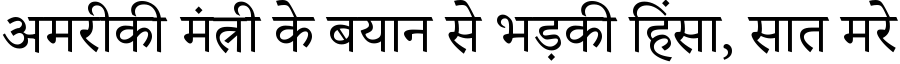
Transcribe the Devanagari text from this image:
अमरीकी मंत्री के बयान से भड़की हिंसा, सात मरे